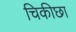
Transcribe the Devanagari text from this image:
चिकीछा